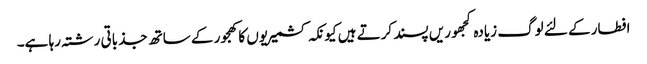
افطار کے لئے لوگ زیادہ کجھوریں پسند کرتے ہیں کیونکہ کشمیریوں کا کھجور کے ساتھ جذباتی رشتہ رہا ہے۔